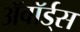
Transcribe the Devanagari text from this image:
ॲवॉर्ड्‌स